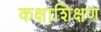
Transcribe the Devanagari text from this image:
कक्षाशिक्षण